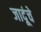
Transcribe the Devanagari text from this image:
जादूंचे